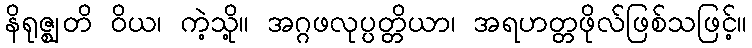
နိရုဇ္ဈတိ ဝိယ၊ ကဲ့သို့။ အဂ္ဂဖလုပ္ပတ္တိယာ၊ အရဟတ္တဖိုလ်ဖြစ်သဖြင့်။